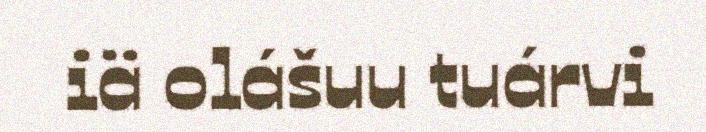
iä olášuu tuárvi